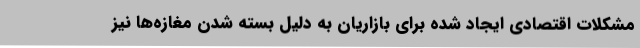
مشکلات اقتصادی ایجاد شده برای بازاریان به دلیل بسته شدن مغازه‌ها نیز